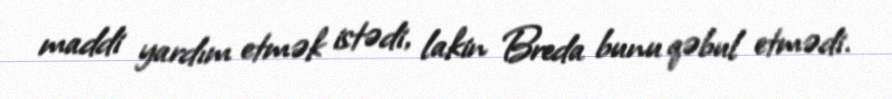
maddi yardım etmək istədi, lakin Breda bunu qəbul etmədi.